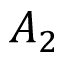
A _ { 2 }